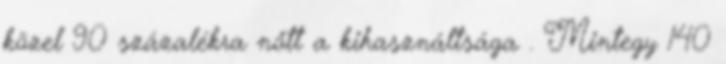
közel 90 százalékra nőtt a kihasználtsága . Mintegy 140